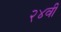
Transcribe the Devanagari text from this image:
२४वी